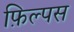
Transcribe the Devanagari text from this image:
फ़िल्पस